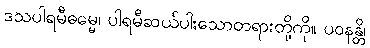
ဒသပါရမီဓမ္မေ၊ ပါရမီဆယ်ပါးသောတရားတို့ကို။ ပဝနန္တိ၊